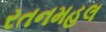
રતનમહલ